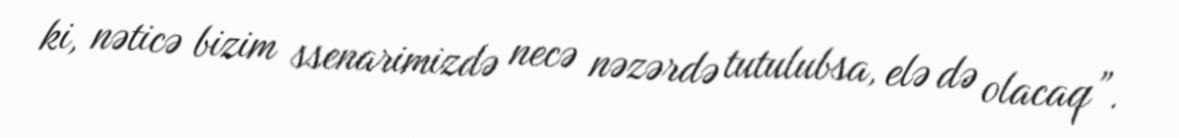
ki, nəticə bizim ssenarimizdə necə nəzərdə tutulubsa, elə də olacaq”.